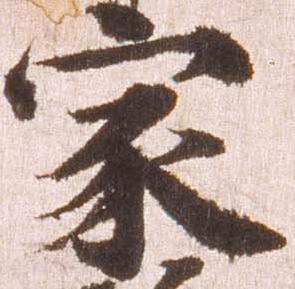
家